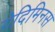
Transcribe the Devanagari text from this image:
गेदिमिनस